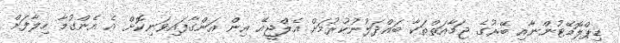
ޑިޕްލޮމޭޓުންނާއި ބޭރުގެ ޖަމާއަތްތަކާ ބައްދަލުނުކުރުމަށް އެލްޖީއޭ އިން އަންގާފައިވަނިކޮށް އެ އެންގުމާ ހިލާފަށް